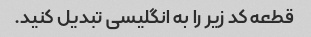
قطعه کد زیر را به انگلیسی تبدیل کنید.